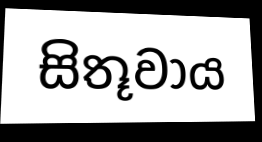
සිතූවාය